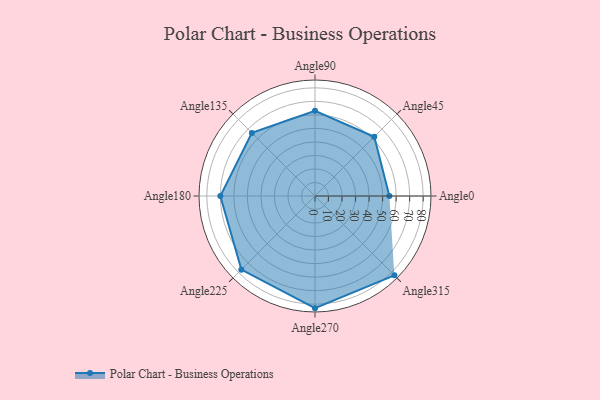
{"axis": {"x": "Angle", "y": "Radius"}, "legend": [""], "data": [{"x": "Angle0", "y": 55.0, "type": ""}, {"x": "Angle45", "y": 62.0, "type": ""}, {"x": "Angle90", "y": 63.0, "type": ""}, {"x": "Angle135", "y": 66.0, "type": ""}, {"x": "Angle180", "y": 70.0, "type": ""}, {"x": "Angle225", "y": 77.0, "type": ""}, {"x": "Angle270", "y": 83.0, "type": ""}, {"x": "Angle315", "y": 83.0, "type": ""}]}